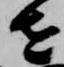
せ